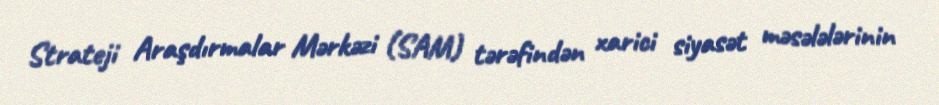
Strateji Araşdırmalar Mərkəzi (SAM) tərəfindən xarici siyasət məsələlərinin